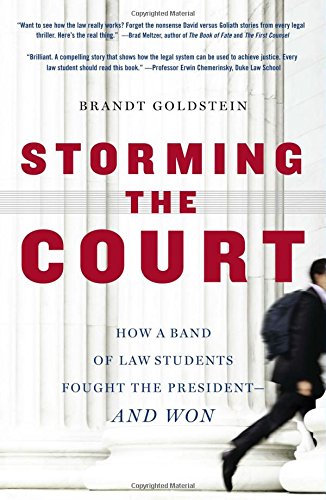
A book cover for Storming the Court: How a Band of Law Students Fought the President--and Won; Brandt Goldstein; Law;